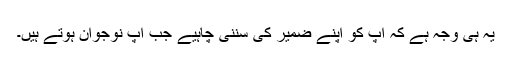
یہ ہی وجہ ہے کہ آپ کو اپنے ضمیر کی سُننی چاہیے جب آپ نوجوان ہوتے ہیں۔